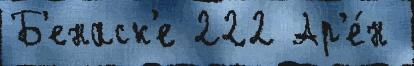
Б'енаск'е 222 Ар'е́н